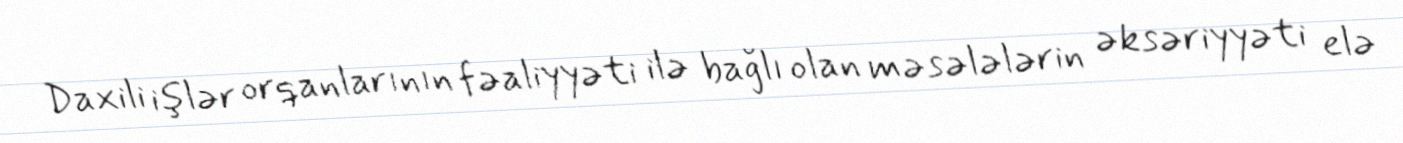
Daxili işlər orqanlarının fəaliyyəti ilə bağlı olan məsələlərin əksəriyyəti elə